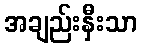
အချည်းနှီးသာ